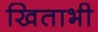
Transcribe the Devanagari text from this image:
खिताभी